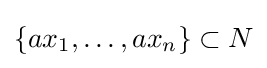
\{ax_{1},\dots ,ax_{n}\}\subset N